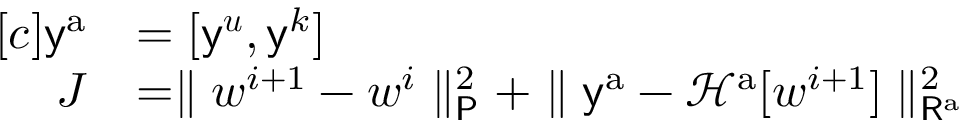
\begin{array} { r l } { [ c ] \mathsf { y } ^ { \mathrm { a } } } & { = [ \mathsf { y } ^ { \boldsymbol { u } } , \mathsf { y } ^ { k } ] } \\ { J } & { = \parallel \boldsymbol { w } ^ { i + 1 } - \boldsymbol { w } ^ { i } \parallel _ { \mathsf { P } } ^ { 2 } + \parallel \mathsf { y } ^ { \mathrm { a } } - \mathcal { H } ^ { \mathrm { a } } [ \boldsymbol { w } ^ { i + 1 } ] \parallel _ { \mathsf { R } ^ { \mathrm { a } } } ^ { 2 } } \end{array}